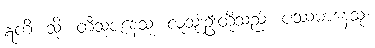
ဣတိ၊ သို့။ တီသုဇနေသု၊ လူသုံးဦးတို့သည်။ ပဿမာနေသု၊